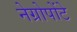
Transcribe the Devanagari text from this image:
नेग्रोपोंटे